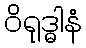
ဝိရုဒ္ဓါနံ